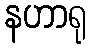
နဟာရု